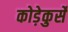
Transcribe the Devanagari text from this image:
कोड़ेकुर्से